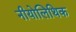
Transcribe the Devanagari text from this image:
नीयोलिथिक